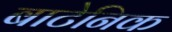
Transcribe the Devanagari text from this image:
बाटेनिक